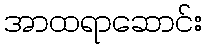
အာထရာဆောင်း